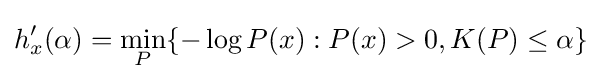
h'_{x}(\alpha )=\min _{P}\{-\log P(x):P(x)>0,K(P)\leq \alpha \}